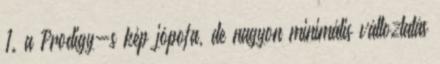
1. a Prodigy-s kép jópofa, de nagyon minimális változtatás